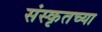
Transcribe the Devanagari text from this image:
संस्‍कृतच्या